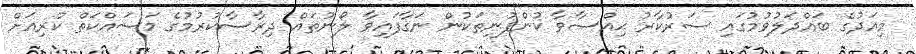
މިއަދުގެ ބައްދަލުވުމުގައި ސަރުކާރު ޙިއްޞާވާ ކުންފުނިތަކުން ނަގާފައިވާ ލޯނުތައް ދިރާސާކުރުމުގެ މަސައްކަތް ކުރިއަށް